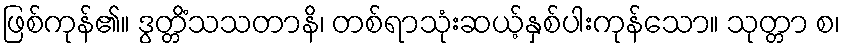
ဖြစ်ကုန်၏။ ဒွတ္တိံသသတာနိ၊ တစ်ရာသုံးဆယ့်နှစ်ပါးကုန်သော။ သုတ္တာ စ၊